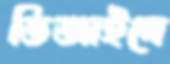
ডিজাইনে